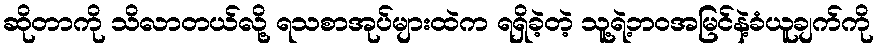
ဆိုတာကို သိလာတယ်လို့ ရသစာအုပ်များထဲက ရရှိခဲ့တဲ့ သူ့ရဲ့ဘဝအမြင်နဲ့ခံယူချက်ကို